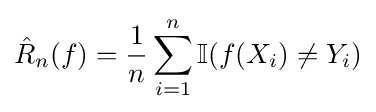
{\hat {R}}_{n}(f)={\dfrac {1}{n}}\sum _{i=1}^{n}\mathbb {I} (f(X_{i})\neq Y_{i})